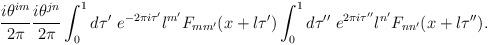
LaTeX: \begin{align*}\frac{i \theta^{im}}{2 \pi}\frac{i \theta^{jn}}{2 \pi}\int_0^1 d\tau'~ e^{-2 \pi i \tau'} l^{m'} F_{mm'} (x+l \tau')\int_0^1 d\tau''~ e^{2 \pi i \tau''} l^{n'} F_{nn'} (x+l \tau'').\end{align*}